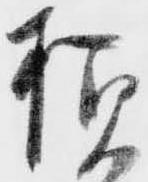
様